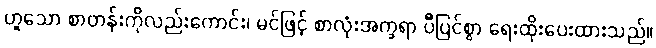
ဟူသော စာတန်းကိုလည်းကောင်း၊ မင်ဖြင့် စာလုံးအက္ခရာ ပီပြင်စွာ ရေးထိုးပေးထားသည်။